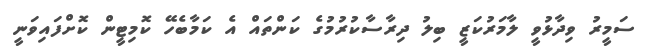
ސަމީރު ވިދާޅުވީ ލާމަރުކަޒީ ބިލު ދިރާސާކުރުމުގެ ކަންތައް އެ ކަމާބެހޭ ކޮމިޓީން ކޮށްފައިވަނީ